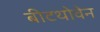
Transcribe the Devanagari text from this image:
बीटथोवेन